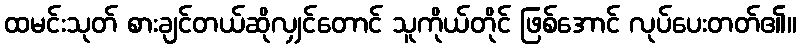
ထမင်းသုတ် စားချင်တယ်ဆိုလျှင်တောင် သူကိုယ်တိုင် ဖြစ်အောင် လုပ်ပေးတတ်၏။